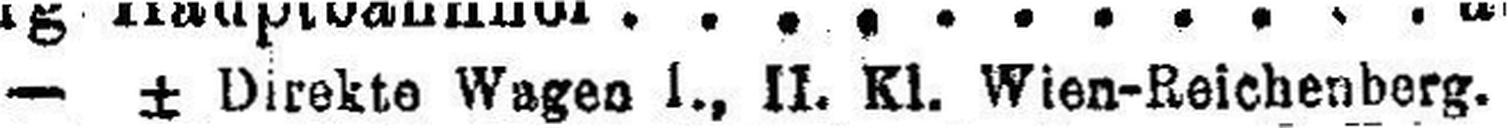
—* Direkte Wage I., II. Kl. Wien-Reichenberg.